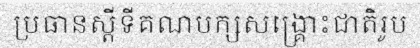
ប្រធានស្តីទីគណបក្សសង្គ្រោះជាតិរូប